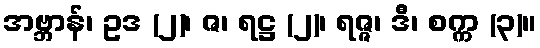
အဗ္ဘာန်၊ ဥဒ (၂)၊ ဇ၊ ရဋ္ဌ (၂)၊ ရဇ္ဇ၊ ဒီ၊ စက္က (၃)။